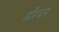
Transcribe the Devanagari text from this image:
हरिबन